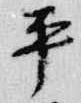
平